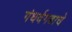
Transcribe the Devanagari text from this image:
गंधर्वगडाचे